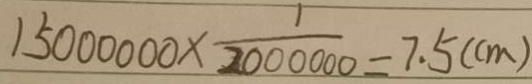
1 5 0 0 0 0 0 0 \times \frac { 1 } { 2 0 0 0 0 0 0 } = 7 . 5 ( c m )